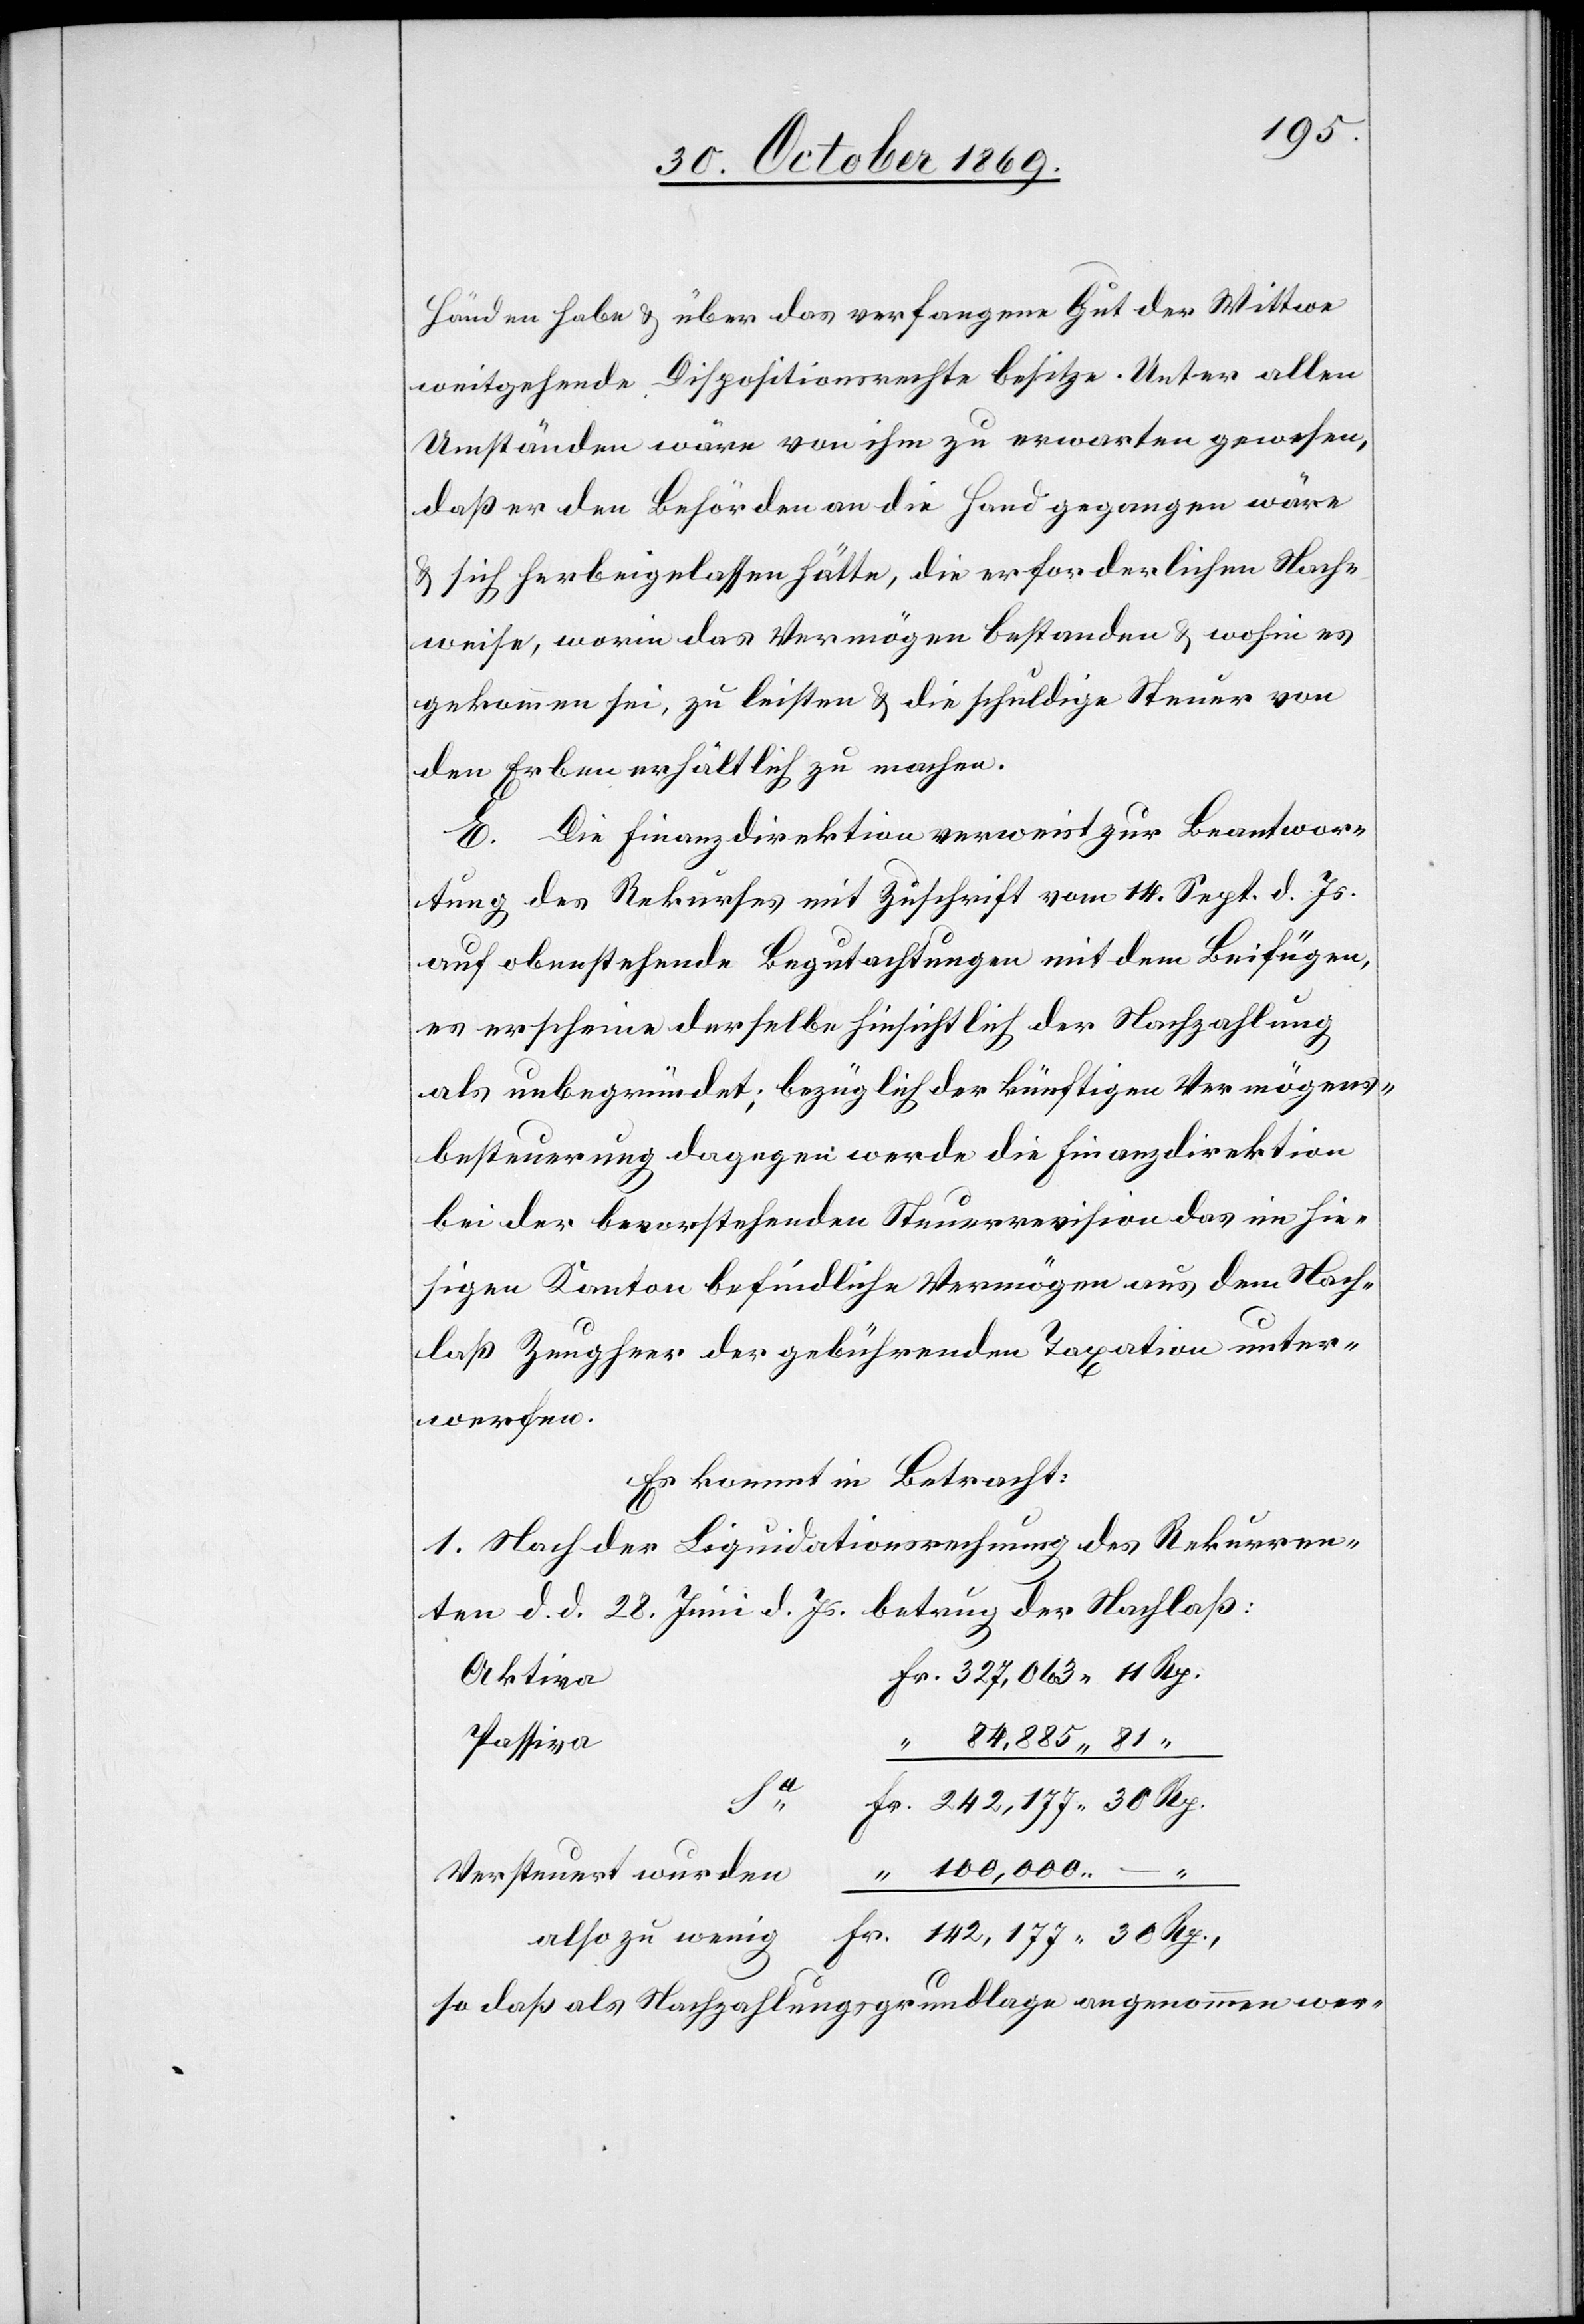
Händen habe & über das verfangene Gut der Wittwe
weitgehende Dispositionsrechte besitze. Unter allen
Umständen wäre von ihm zu erwarten gewesen,
daß er den Behörden an die Hand gegangen wäre
& sich herbeigelassen hätte, die erforderlichen Nach¬
weise, worin das Vermögen bestanden & wohin es
gekommen sei, zu leisten & die schuldige Steuer von
den Erben erhältlich zu machen.
E. Die Finanzdirektion verweist zur Beantwor¬
tung des Rekurses mit Zuschrift vom 14. Sept. d. Js.
auf obenstehende Begutachtungen mit dem Beifügen,
es erscheine derselbe hinsichtlich der Nachzahlung
als unbegründet; bezüglich der künftigen Vermögens¬
besteuerung dagegen werde die Finanzdirektion
bei der bevorstehenden Steuerrevision das im hie¬
sigen Kanton befindliche Vermögen aus dem Nach¬
laß Zeugheer der gebührenden Taxation unter¬
werfen.
Es kommt in Betracht:
1. Nach der Liquidationsrechnung des Rekurren¬
ten d. d. 28. Juni d. Js. betrug der Nachlaß:
Fr. 327,063 11 Rp.
Aktiva
Passiva
“ 84,885 81
Fr. 142,177 30 Rp.,
so daß als Nachzahlungsgrundlage angenommen wer-